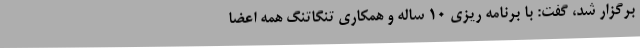
برگزار شد، گفت: با برنامه ریزی 10 ساله و همکاری تنگاتنگ همه اعضا